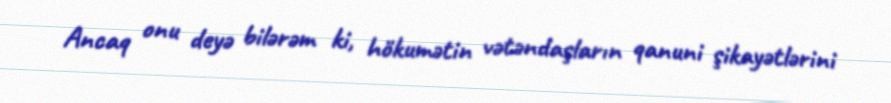
Ancaq onu deyə bilərəm ki, hökumətin vətəndaşların qanuni şikayətlərini